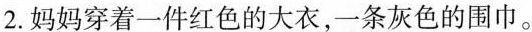
2.妈妈穿着一件红色的大衣，一条灰色的围巾。